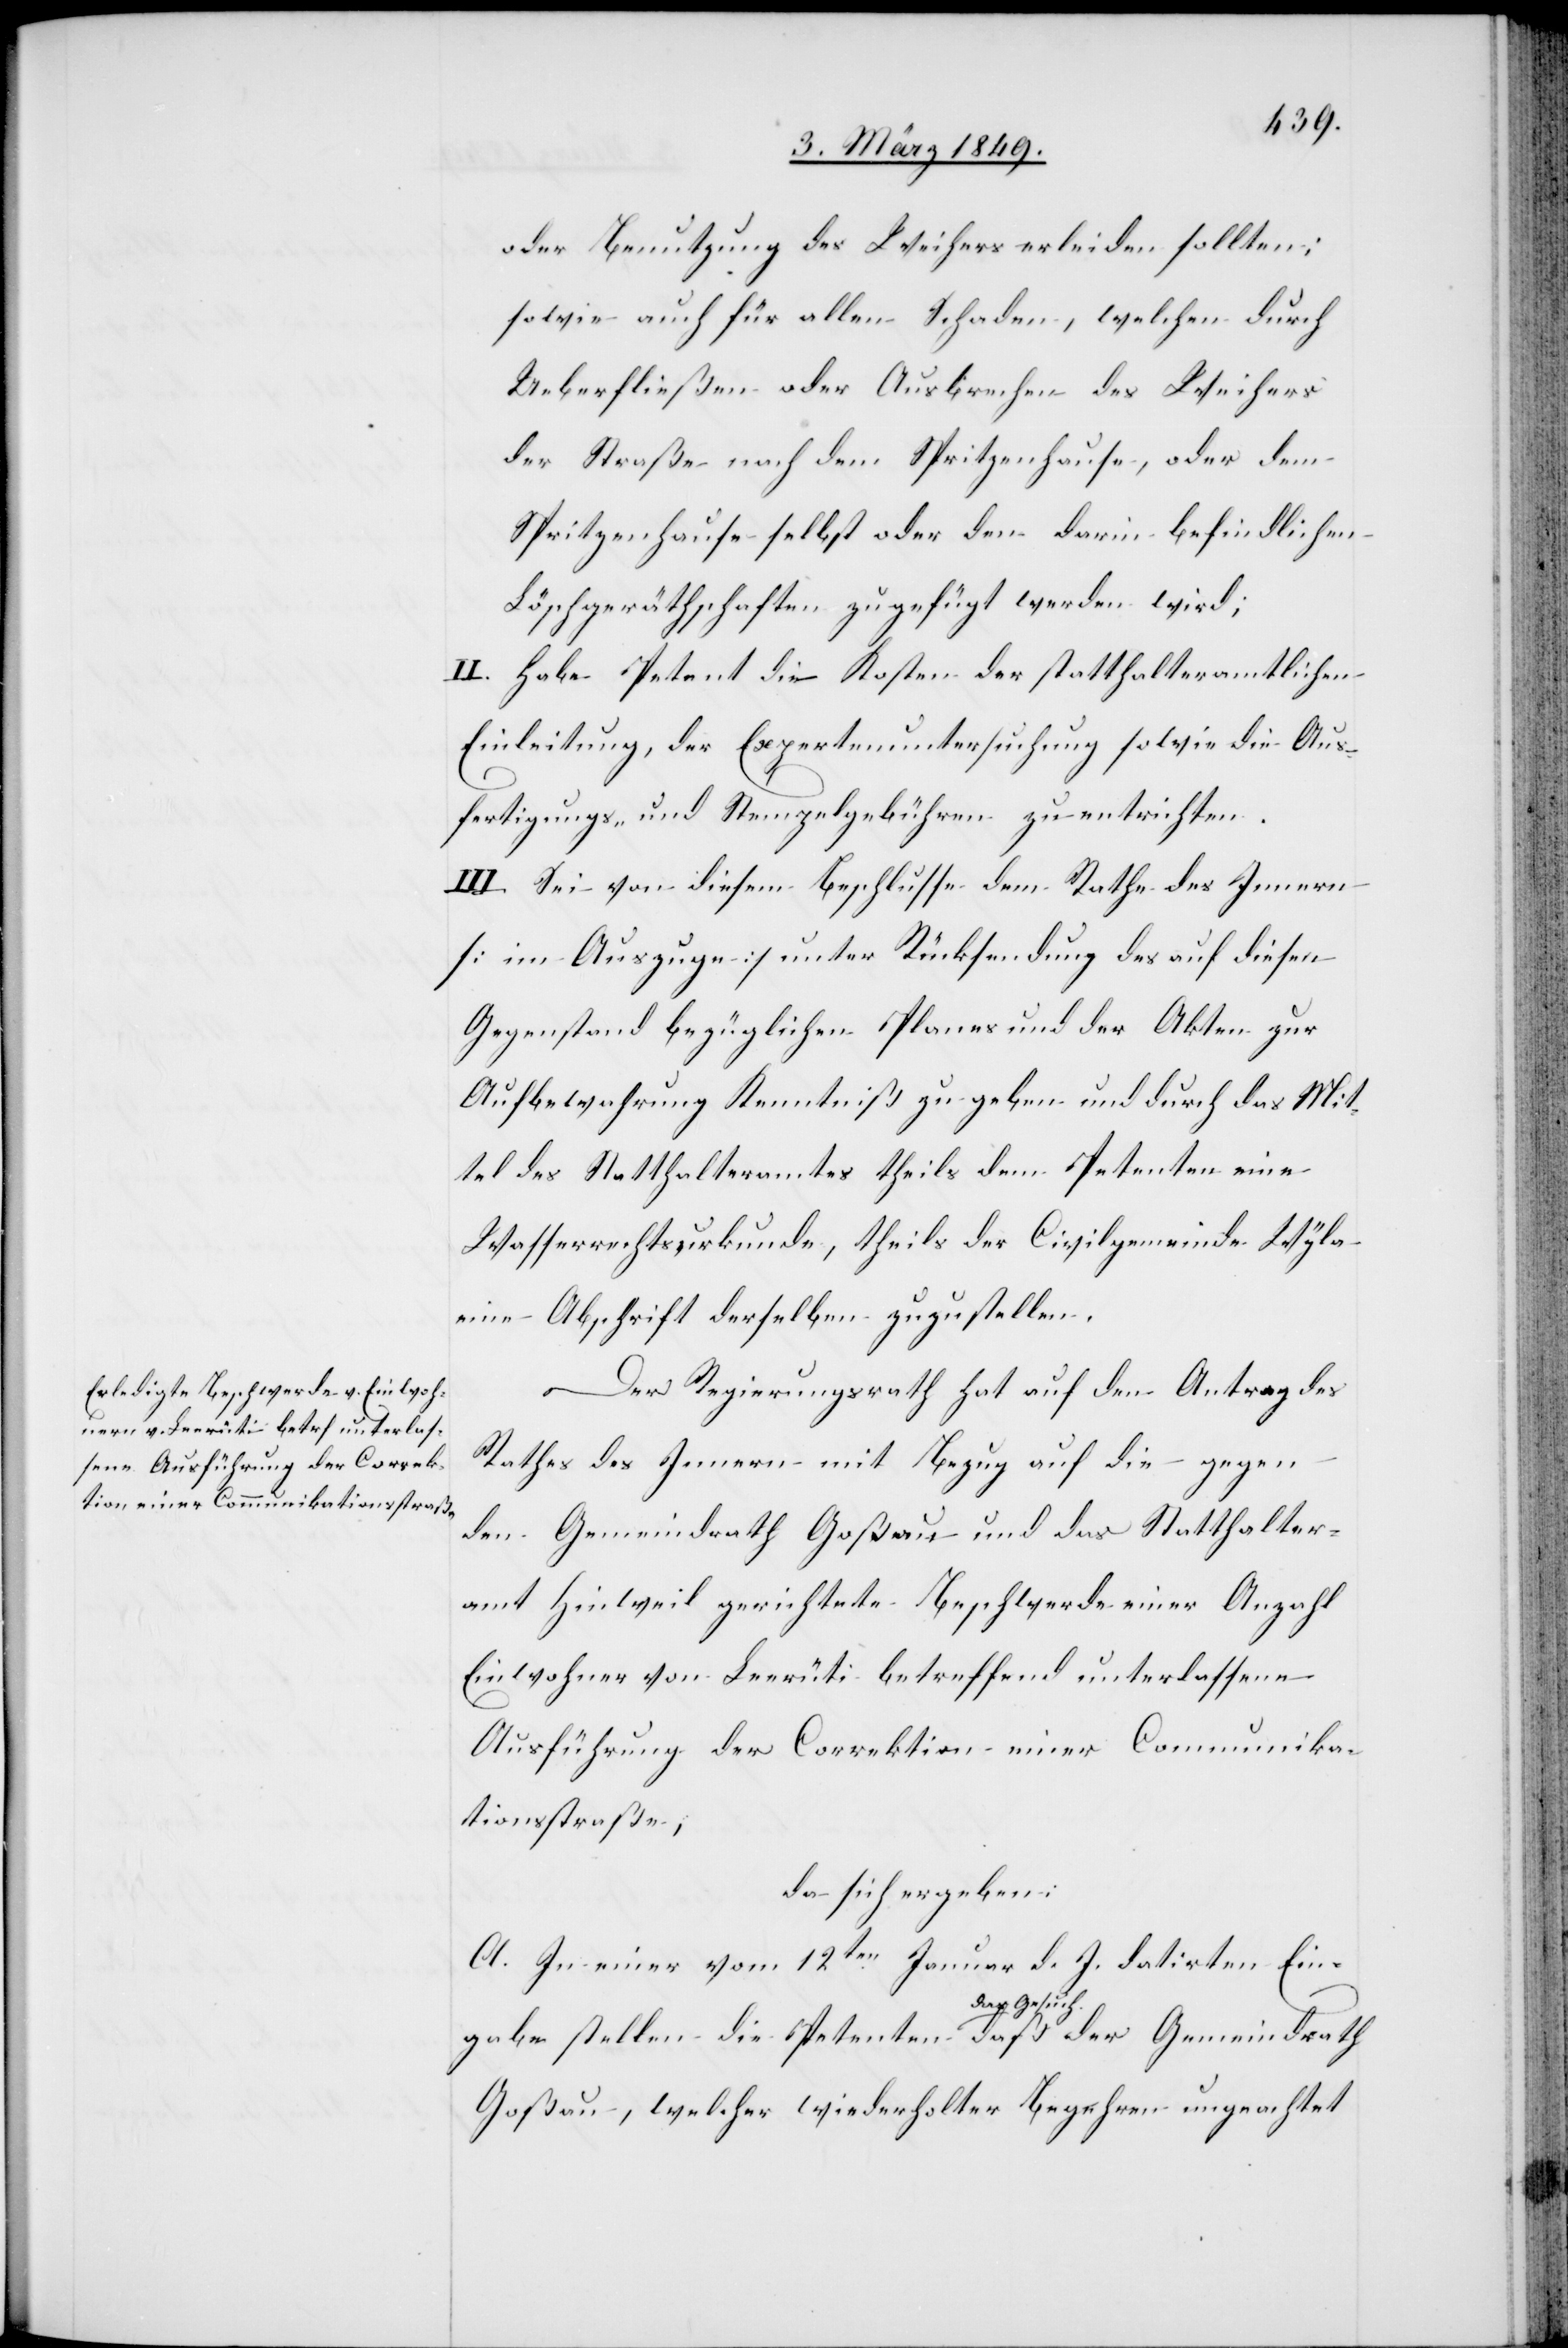
oder Benutzung des Weihers erleiden sollten;
sowie auch für allen Schaden, welchen durch
Ueberfließen oder Ausbrechen des Weihers
der Straße nach dem Spritzenhause, oder dem
Spritzenhause selbst oder den darin befindlichen
Löschgeräthschaften zugefügt werden wird;
II. Habe Petent die Kosten der statthalteramtlichen
Einleitung, der Expertenuntersuchung sowie die Aus¬
fertigungs- und Stempelgebühren zu entrichten.
III. Sei von diesem Beschlusse dem Rathe des Innern
[im Auszuge] unter Rücksendung des auf diesen
Gegenstand bezüglichen Planes und der Akten zur
Aufbewahrung Kenntniß zu geben und durch das Mit¬
tel des Statthalteramtes theils dem Petenten eine
Wasserrechtsurkunde, theils der Civilgemeinde Wyla
eine Abschrift derselben zuzustellen.
Der Regierungsrath hat auf den Antrag des
Rathes des Innern mit Bezug auf die gege¬
n
den Gemeindrath Goßau und das Statthalter¬
amt Hinweil gerichtete Beschwerde einer Anzahl
Einwohner von Leerüti betreffend unterlassene
Ausführung der Correktion einer Communika¬
tionsstraße,
da sich ergeben:
A. In einer vom 12ten. Januar d. J. datirten Ein¬
gabe stellen die Petenten das Gesuch daß der Gemeindrath
Goßau, welcher wiederholter Begehren ungeachtet